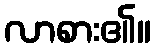
လာစား၏။